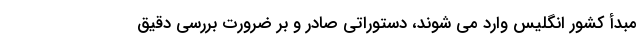
مبدأ کشور انگلیس وارد می شوند، دستوراتی صادر و بر ضرورت بررسی دقیق